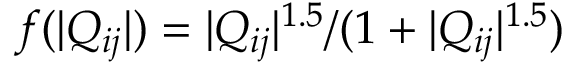
f ( | Q _ { i j } | ) = | Q _ { i j } | ^ { 1 . 5 } / ( 1 + | Q _ { i j } | ^ { 1 . 5 } )